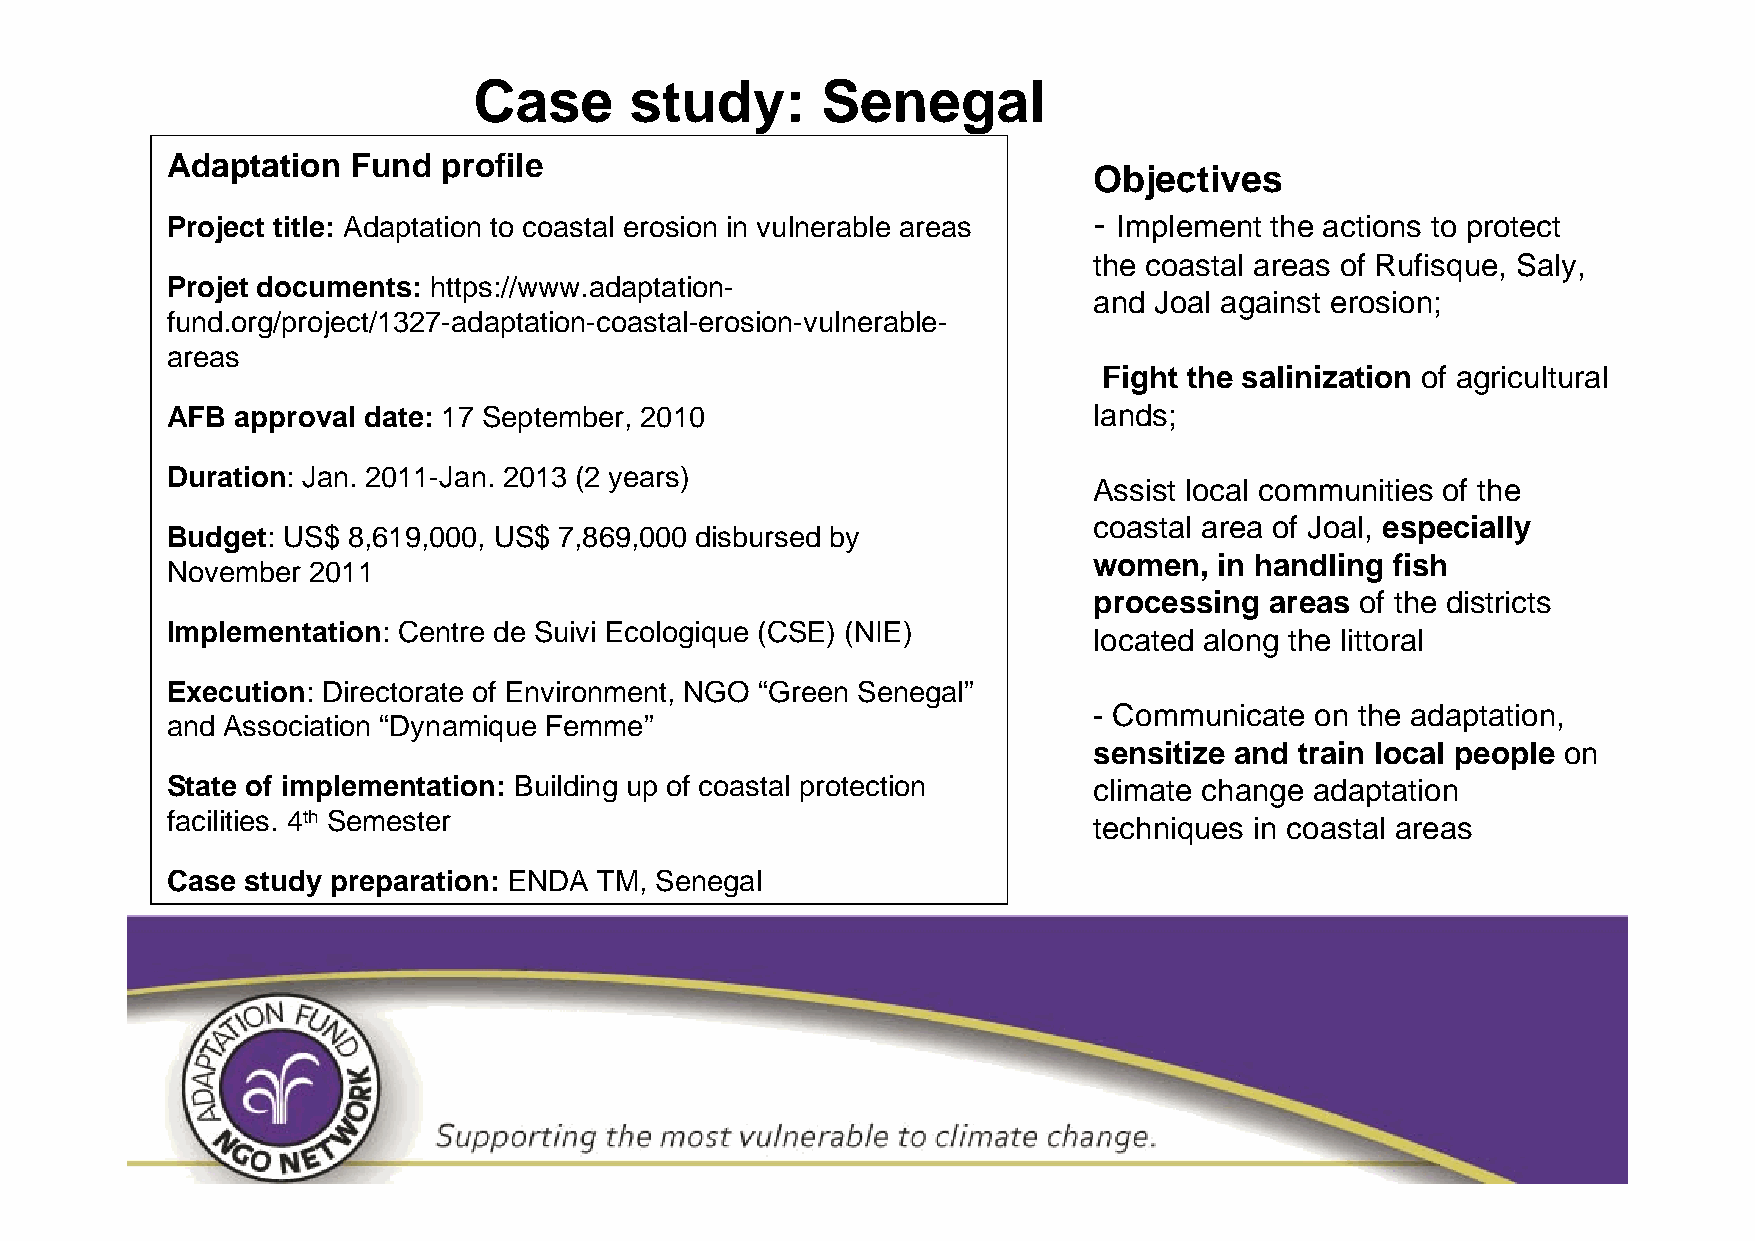
Case       study:      Senegal
 Adaptation  Fund  profile
 Objectives
 Project title: Adaptation to coastal erosion in vulnerable areas - Implement the actions to protect
 the coastal areas of Rufisque, Saly,
 Projet documents: https://www.adaptation-
 and Joal against erosion;
 fund.org/project/1327-adaptation-coastal-erosion-vulnerable-
 areas
 Fight the salinization of agricultural
 AFB  approval date: 17 September, 2010                       lands;
 Duration: Jan. 2011-Jan. 2013 (2 years)
 Assist local communities of the
 coastal area of Joal, especially
 Budget: US$ 8,619,000, US$ 7,869,000 disbursed by
 women,   in handling fish
 November 2011
 processing  areas of the districts
 Implementation: Centre de Suivi Ecologique (CSE) (NIE)
 located along the littoral
 Execution: Directorate of Environment, NGO “Green Senegal”
 - Communicate  on the adaptation,
 and Association “Dynamique Femme”
 sensitize and train local people on
 State of implementation: Building up of coastal protection   climate change adaptation
 facilities. 4th Semester                                     techniques in coastal areas
 Case study preparation: ENDA TM, Senegal